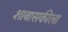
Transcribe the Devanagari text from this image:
शाबासकीला